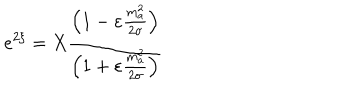
e ^ { 2 \xi } = X \frac { \left( 1 - \varepsilon \frac { m _ { a } ^ { 2 } } { 2 \sigma } \right) } { \left( 1 + \varepsilon \frac { m _ { a } ^ { 2 } } { 2 \sigma } \right) }